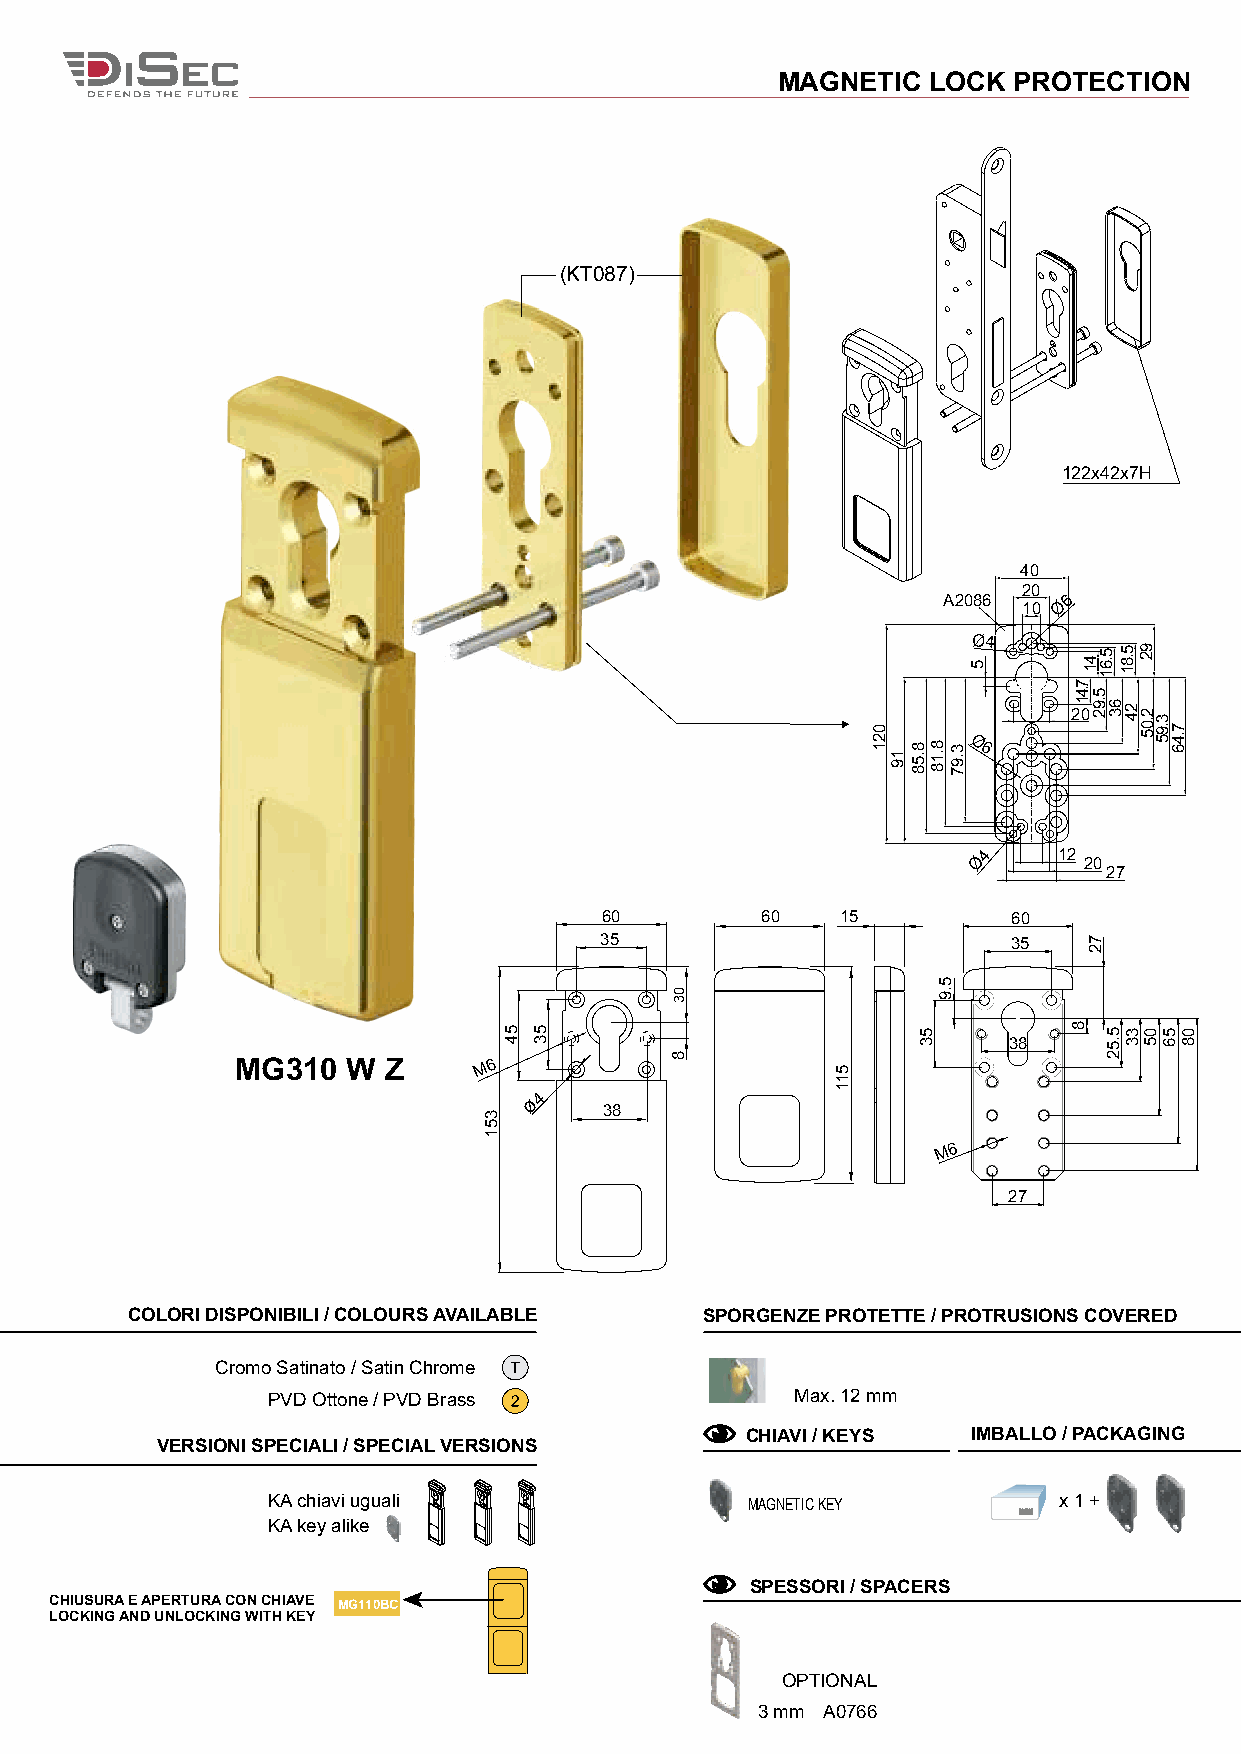
MAGNETIC   LOCK PROTECTION
 (KT087)
 122x42x7H
 40
 20
 A2086
 10
 Ø6
 Ø4
 20
 Ø6
 Ø4    12
 20
 27
 60        60    15         60
 35                         35
 38
 MG310  W Z      M 6
 ø4
 38
 M6
 27
 COLORI DISPONIBILI / COLOURS AVAILABLE SPORGENZE PROTETTE / PROTRUSIONS COVERED
 Cromo Satinato / Satin Chrome
 PVD Ottone / PVD Brass             Max. 12 mm
 CHIAVI / KEYS  IMBALLO / PACKAGING
 VERSIONI SPECIALI / SPECIAL VERSIONS
 KA chiavi uguali               MAGNETIC KEY         x 1 +
 KA key alike
 SPESSORI / SPACERS
 CHIUSURA E APERTURA CON CHIAVE MG110BC
 LOCKING AND UNLOCKING WITH KEY
 OPTIONAL
 3 mm A0766
 351
 54 53
 03
 8          511
 021
 19 8.58
 53
 8.18
 5.9
 3.97
 5
 7.41
 8
 41
 5.92
 72
 5.61
 63
 5.52
 5.81
 24
 33
 92
 2.05
 05
 3.95
 56
 7.46
 08